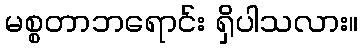
မစ္စတာဘရောင်း ရှိပါသလား။